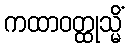
ကထာဝတ္ထုသ္မိံ